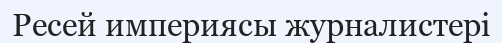
Ресей империясы журналистері